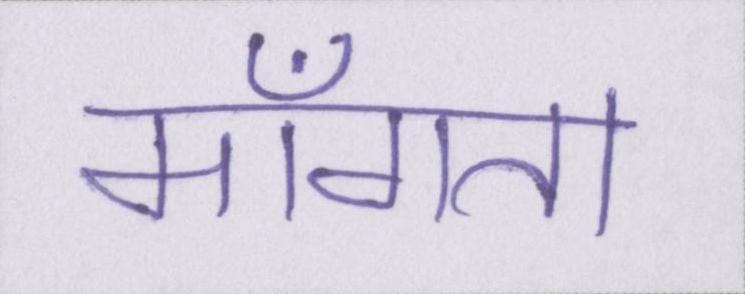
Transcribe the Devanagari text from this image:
माँगता